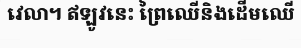
វេលា។ ឥឡូវនេះ ព្រៃឈើនិងដើមឈើ